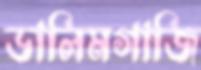
ডালিমগাজি